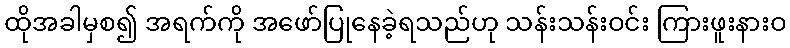
ထိုအခါမှစ၍ အရက်ကို အဖော်ပြုနေခဲ့ရသည်ဟု သန်းသန်းဝင်း ကြားဖူးနားဝ